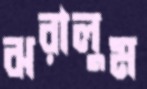
ঝরালুম